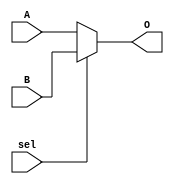
module mux2
(
    input  wire sel,
    input  wire [31:0]A,
    input  wire [31:0]B,
    output wire [31:0]O
);


assign O = {sel?B:A};
endmodule